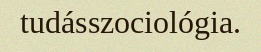
tudásszociológia.